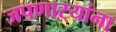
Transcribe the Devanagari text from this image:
जपणाऱ्यांना